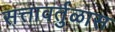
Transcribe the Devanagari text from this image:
सत्तावर्तुळास